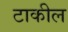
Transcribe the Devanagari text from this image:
टाकील